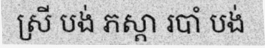
ស្រី បង់ ភស្តា របាំ បង់